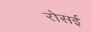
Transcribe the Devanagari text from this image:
रोसई